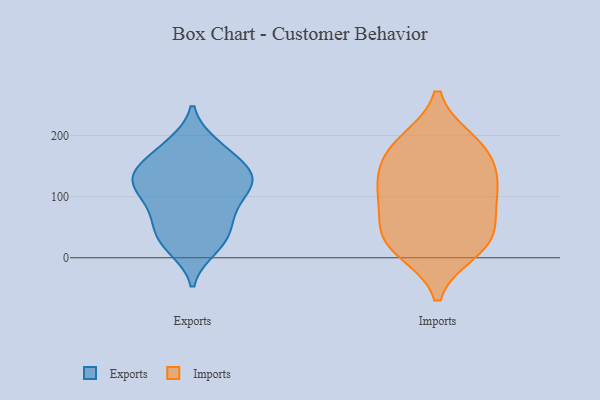
{"axis": {"x": "Headcount", "y": "Value"}, "legend": ["Exports", "Imports"], "data": [{"x": "", "y": 169, "type": "Exports"}, {"x": "", "y": 106, "type": "Exports"}, {"x": "", "y": 26, "type": "Exports"}, {"x": "", "y": 104, "type": "Exports"}, {"x": "", "y": 184, "type": "Exports"}, {"x": "", "y": 77, "type": "Exports"}, {"x": "", "y": 185, "type": "Exports"}, {"x": "", "y": 142, "type": "Exports"}, {"x": "", "y": 42, "type": "Exports"}, {"x": "", "y": 16, "type": "Exports"}, {"x": "", "y": 131, "type": "Exports"}, {"x": "", "y": 130, "type": "Exports"}, {"x": "", "y": 116, "type": "Exports"}, {"x": "", "y": 123, "type": "Exports"}, {"x": "", "y": 68, "type": "Exports"}, {"x": "", "y": 24, "type": "Exports"}, {"x": "", "y": 138, "type": "Exports"}, {"x": "", "y": 148, "type": "Exports"}, {"x": "", "y": 61, "type": "Exports"}, {"x": "", "y": 35, "type": "Imports"}, {"x": "", "y": 35, "type": "Imports"}, {"x": "", "y": 105, "type": "Imports"}, {"x": "", "y": 14, "type": "Imports"}, {"x": "", "y": 178, "type": "Imports"}, {"x": "", "y": 137, "type": "Imports"}, {"x": "", "y": 106, "type": "Imports"}, {"x": "", "y": 170, "type": "Imports"}, {"x": "", "y": 188, "type": "Imports"}, {"x": "", "y": 31, "type": "Imports"}, {"x": "", "y": 97, "type": "Imports"}]}